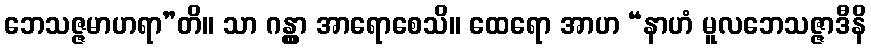
ဘေသဇ္ဇမာဟရာ”တိ။ သာ ဂန္တွာ အာရောစေသိ။ ထေရော အာဟ “နာဟံ မူလဘေသဇ္ဇာဒီနိ